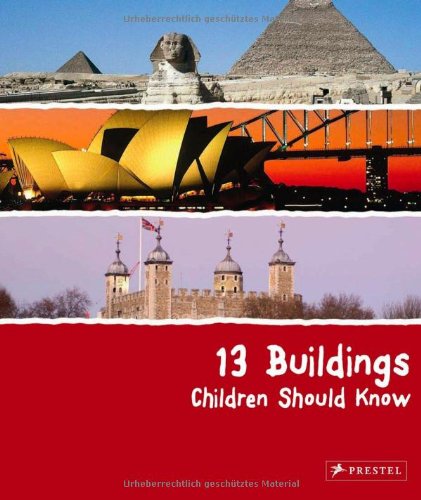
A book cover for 13 Buildings Children Should Know; Annette Roeder; Children's Books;